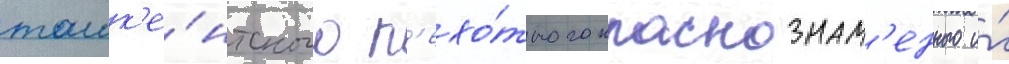
ташк'е́нтского п'ехо́тного краснознам'енного и́